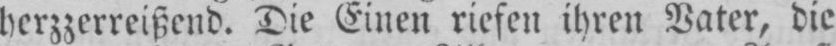
herzzerreißend. Die Einen riefen ihren Vater, die